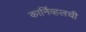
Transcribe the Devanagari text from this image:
कार्निव्हलची